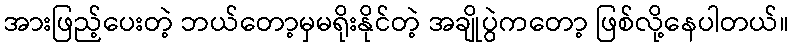
အားဖြည့်ပေးတဲ့ ဘယ်တော့မှမရိုးနိုင်တဲ့ အချိုပွဲကတော့ ဖြစ်လို့နေပါတယ်။